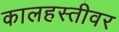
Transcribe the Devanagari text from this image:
कालहस्तीवर